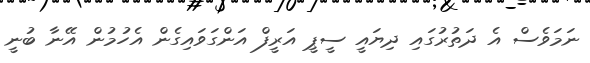
ނަމަވެސް އެ ދަތުރުގައި ދިޔައީ ސީޕީ އަރީފް އަންގަވައިގެން އެހުމުން އޭނާ ބުނީ